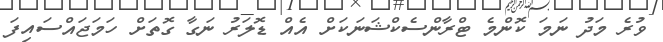
ވުރެ މަދު ނަމަ ކޮންމެ ޓްރާންސެކްޝަނަކަށް އެއް ޑޮލަރު ނަގާ ގޮތަށް ހަމަޖައްސައިފަ